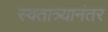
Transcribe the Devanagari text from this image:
स्वतात्र्यानंतर